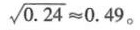
$$\sqrt{0.24} ≈ 0.49$$。